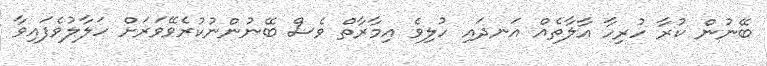
ބޭނުން ކުރާ ހުރިހާ އާލާތެއް އަނދައި ހުލިވެ އިމާރާތް ވެސް ބޭނުންނުކުރެވޭވަރަށް ހަލާލުވެފައިވާ